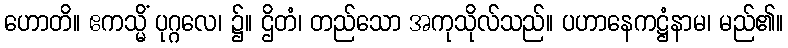
ဟောတိ။ ဧကသ္မိံ ပုဂ္ဂလေ၊ ၌။ ဌိတံ၊ တည်သော အကုသိုလ်သည်။ ပဟာနေကဋ္ဌံနာမ၊ မည်၏။